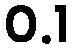
0.1